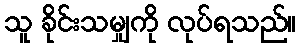
သူ ခိုင်းသမျှကို လုပ်ရသည်။